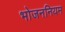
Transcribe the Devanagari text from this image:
भोजननियम